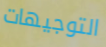
التوجيهات